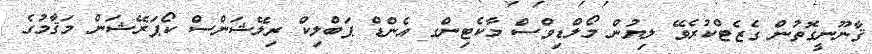
ޤާނޫނީގޮތުން ގެޒެޓްކުރެވޭ ލިޔުން މޯލްޑިވްސް މާކެޓިންގ އެންޑް ޕަބްލިކް ރިލޭޝަންސް ކޯޕަރޭޝަން މަޤާމުގެ